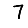
Digit: 7